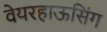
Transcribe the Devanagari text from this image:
वेयरहाऊसिंग